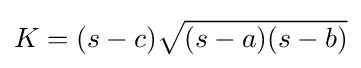
K=(s-c){\sqrt {(s-a)(s-b)}}